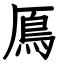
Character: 鳫